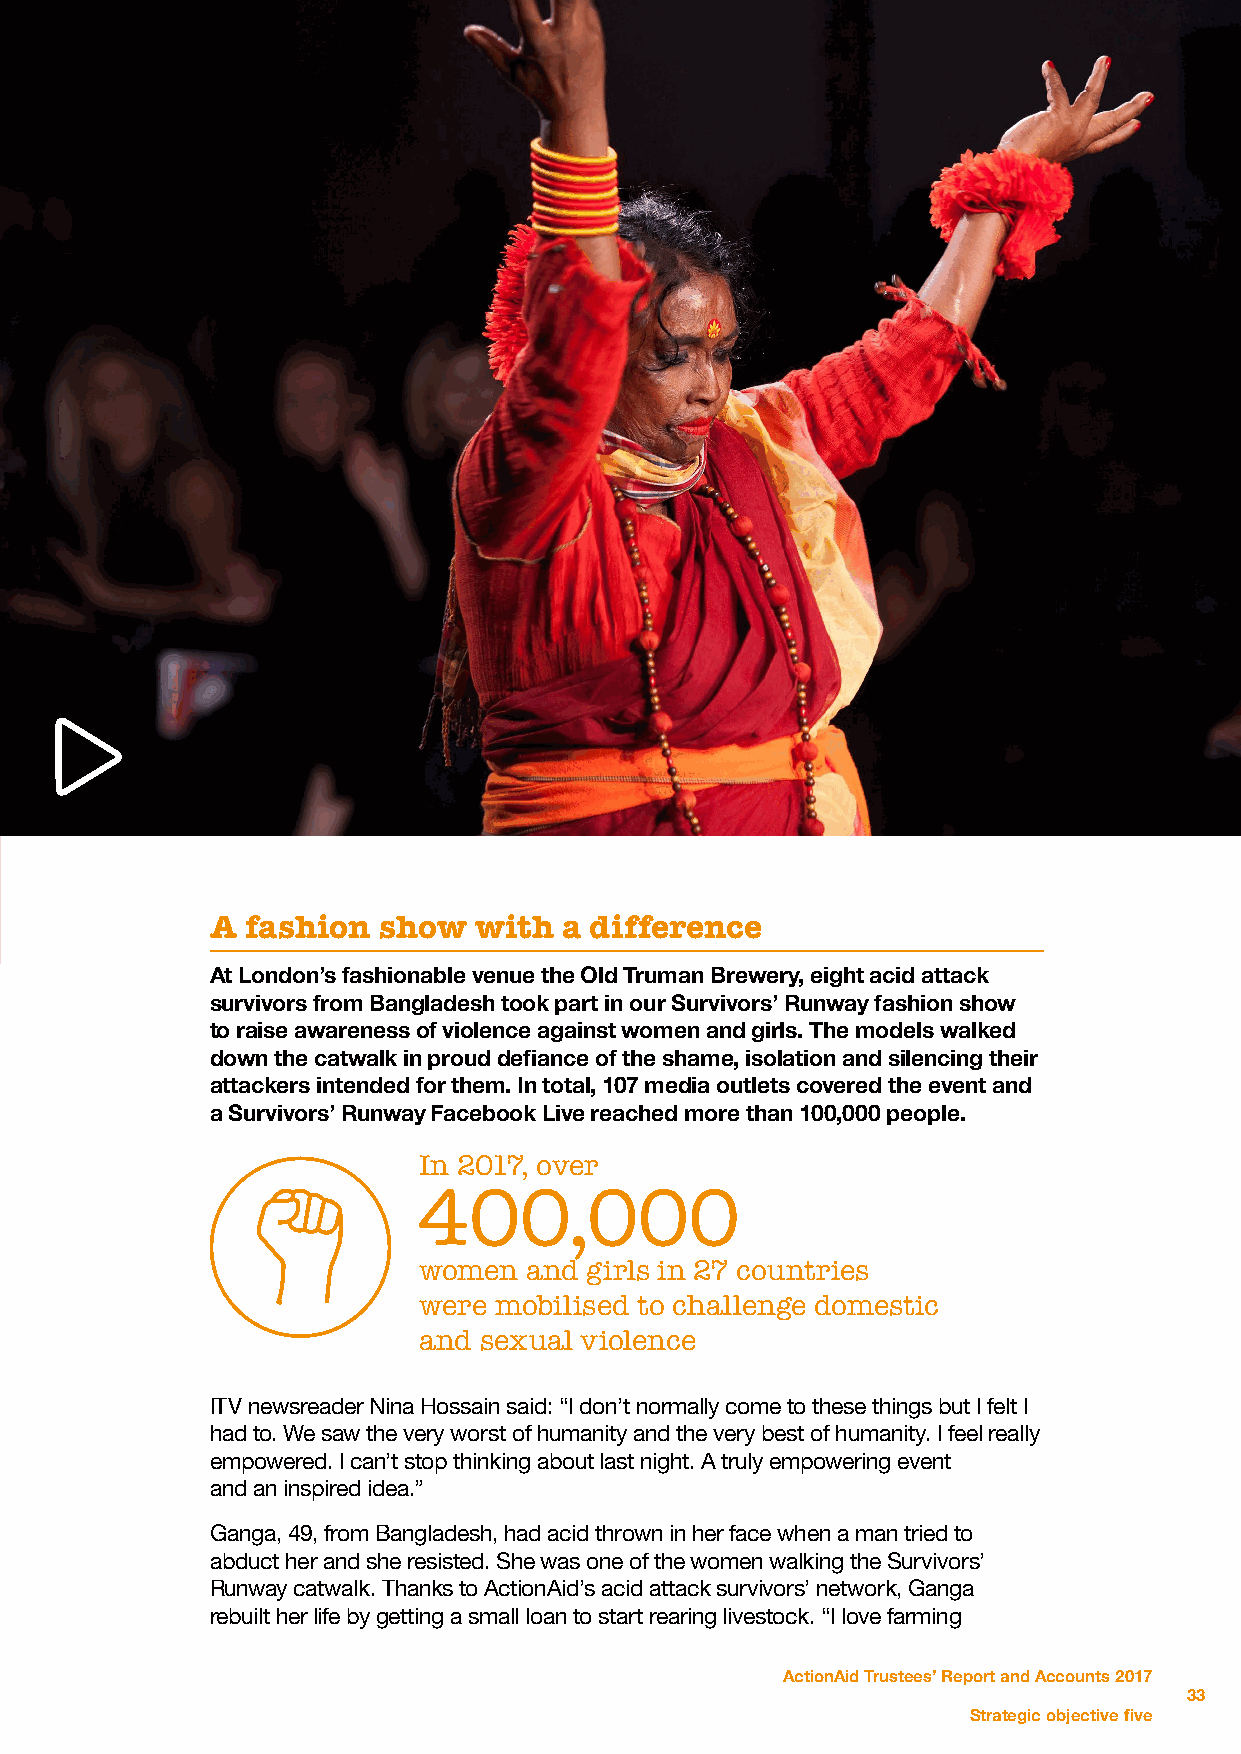
A fashion  show  with  a difference
 At London’s fashionable venue the Old Truman Brewery, eight acid attack
 survivors from Bangladesh took part in our Survivors’ Runway fashion show
 to raise awareness of violence against women and girls. The models walked
 down the catwalk in proud defiance of the shame, isolation and silencing their
 attackers intended for them. In total, 107 media outlets covered the event and
 a Survivors’ Runway Facebook Live reached more than 100,000 people.
 In 2017, over
 400,000
 women  and girls in 27 countries
 were mobilised to challenge domestic
 and sexual violence
 ITV newsreader Nina Hossain said: “I don’t normally come to these things but I felt I
 had to. We saw the very worst of humanity and the very best of humanity. I feel really
 empowered. I can’t stop thinking about last night. A truly empowering event
 and an inspired idea.”
 Ganga, 49, from Bangladesh, had acid thrown in her face when a man tried to
 abduct her and she resisted. She was one of the women walking the Survivors’
 Runway catwalk. Thanks to ActionAid’s acid attack survivors’ network, Ganga
 rebuilt her life by getting a small loan to start rearing livestock. “I love farming
 ActionAid Trustees’ Report and Accounts 2017
 33
 Strategic objective five